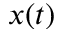
x ( t )